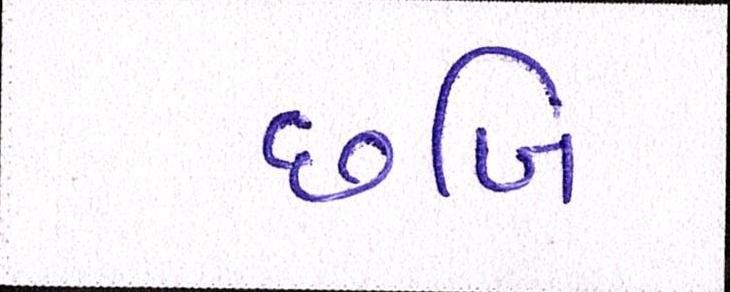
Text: છબિ